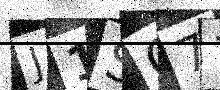
Text: J1SQ77